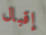
إقبال